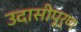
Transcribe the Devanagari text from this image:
उदासीपूर्ण